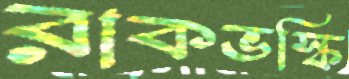
রাকভস্কি